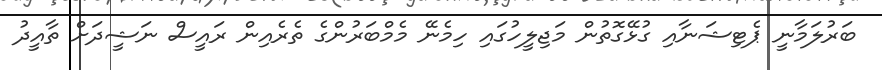
ބަރުލަމާނީ ޕެޓިޝަނާއި ގުޅޭގޮތުން މަޖިލީހުގައި ހިމެނޭ މެމްބަރުންގެ ތެރެއިން ރައީސް ނަޝީދަށް ތާއީދު